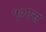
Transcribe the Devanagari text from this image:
५०एस